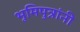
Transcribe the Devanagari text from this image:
भूमिपुत्रांनी